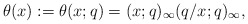
\begin{gather*}\theta(x):=\theta(x;q)= (x;q)_{\infty} (q/x;q)_{\infty},\end{gather*}